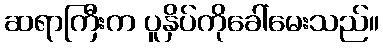
ဆရာကြီးက ပူနှိပ်ကိုခေါ်မေးသည်။